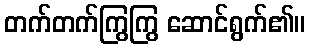
တက်တက်ကြွကြွ ဆောင်ရွက်၏။